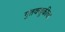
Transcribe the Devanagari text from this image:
गुंतवणूकीचा